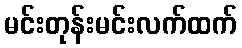
မင်းတုန်းမင်းလက်ထက်